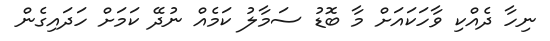
ނިހާ ދެއްކި ވާހަކައަށް މާ ބޮޑު ސަމާލު ކަމެއް ނުދޭ ކަމަށް ހަދައިގެން